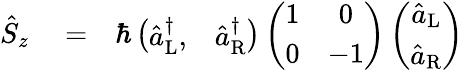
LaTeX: \begin{array}{rlr}{\hat{S}_{z}}&{{}=}&{\hbar\left(\begin{array}{cc}{\hat{a}_{\mathrm{L}}^{\dagger},}&{\hat{a}_{\mathrm{R}}^{\dagger}}\end{array}\right)\left(\begin{array}{cc}{1}&{0}\\ {0}&{-1}\end{array}\right)\left(\begin{array}{c}{\hat{a}_{\mathrm{L}}}\\ {\hat{a}_{\mathrm{R}}}\end{array}\right)}\end{array}